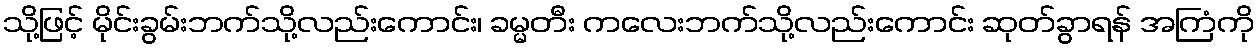
သို့ဖြင့် မိုင်းခွမ်းဘက်သို့လည်းကောင်း၊ ခမ္မတီး ကလေးဘက်သို့လည်းကောင်း ဆုတ်ခွာရန် အကြံကို